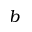
b